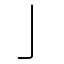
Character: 亅